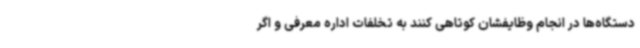
دستگاه‌ها در انجام وظایفشان کوتاهی کنند به تخلفات اداره معرفی و اگر